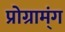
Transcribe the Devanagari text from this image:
प्रोग्राम्ंग